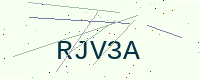
Text: RJV3A